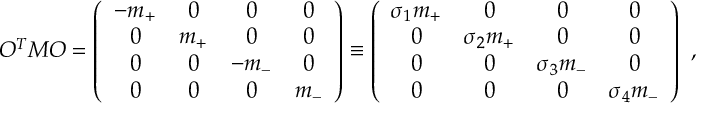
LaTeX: O ^ { T } M O = \left( \begin{array} { c c c c } { { - m _ { + } } } & { { 0 } } & { { 0 } } & { { 0 } } \\ { { 0 } } & { { m _ { + } } } & { { 0 } } & { { 0 } } \\ { { 0 } } & { { 0 } } & { { - m _ { - } } } & { { 0 } } \\ { { 0 } } & { { 0 } } & { { 0 } } & { { m _ { - } } } \end{array} \right) \equiv \left( \begin{array} { c c c c } { { \sigma _ { 1 } m _ { + } } } & { { 0 } } & { { 0 } } & { { 0 } } \\ { { 0 } } & { { \sigma _ { 2 } m _ { + } } } & { { 0 } } & { { 0 } } \\ { { 0 } } & { { 0 } } & { { \sigma _ { 3 } m _ { - } } } & { { 0 } } \\ { { 0 } } & { { 0 } } & { { 0 } } & { { \sigma _ { 4 } m _ { - } } } \end{array} \right) \ ,